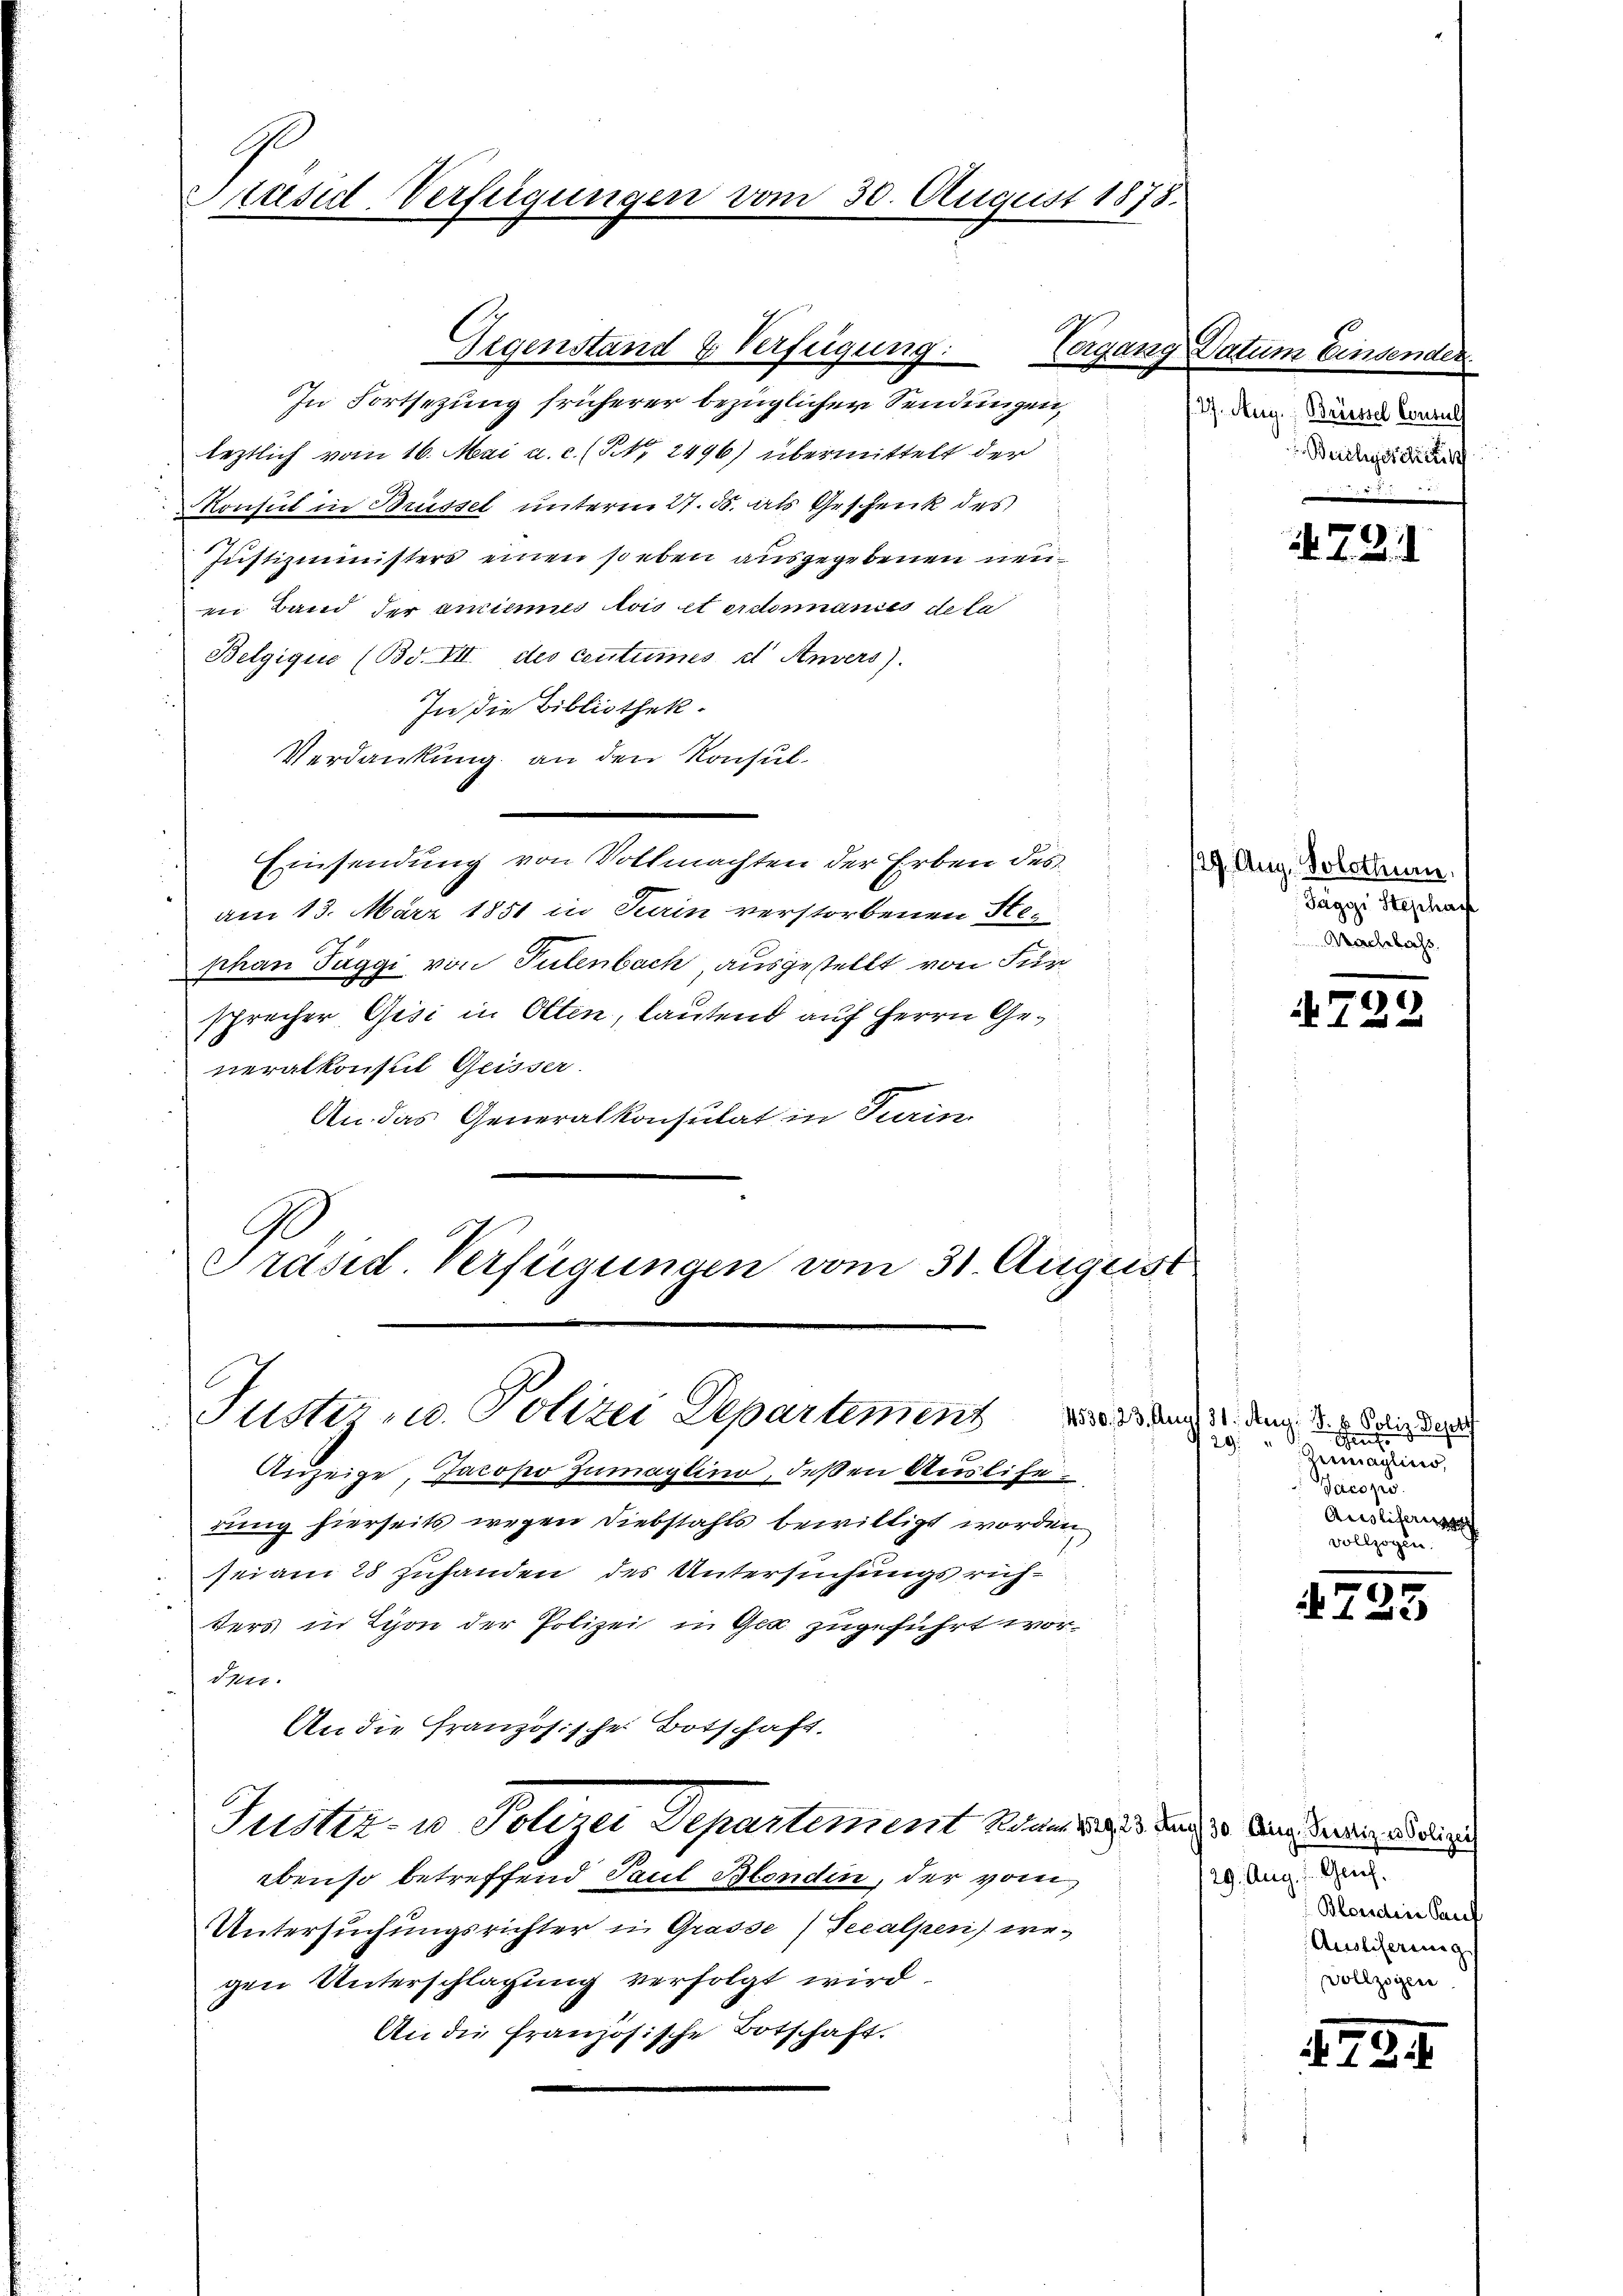
usid-Verfügungen vom 30. August 1878.

In Fortsezung früherer bezüglicher Sendungen,
leztlich vom 16. Mai a.c. (S. 2496) übermittelt der
Konsul in Brüssel unterm 27. d. als Geschenk des
Justizministers einen soeben ausgegebenen neuin Band der ancinmes lois et erdonnances de la
Belgique (Bd. VII. des coutumes et Anvers).
In die Bibliothek.
Verdankung an den Konsul-
Einsendung von Vollmachten der Erben des
am 13. März 1851 in Turin verstorbenen Stephan Taggi von Pulenbach, ausgestellt von Für
sprecher Gisi in Olten, lautend auf Herrn Generalkonsil Geisser.
An das Generalkonsulat in Turin
Präsid. Verfügungen vom 31. August
Tuster- u. Polizei Departement
29
Anzeige, Jacopo Zumaylino, deßen Ausliferung hierseits wegen Diebstahls bewilligt worden.
sei am 28 zuhanden des Untersuchungsrichters in Lyon der Polizei in Ger zugeführt worden.
An die Französisches Botschaft.
Justiz- u. Polizei Departement Wer dass durch den Verdien oder nich
ebenso betreffend Paul Blenden, der vom
Untersuchungsrichter in Grasse) Seealpen) wegen Unterschlagung verfolgt wird.
An die französische Botschaft.

Gegenstand & Verfügung.

Vergang Datum Einsenden.
27. Aug., Brüssel Consuls
Beichgeschick
7

129. Aug. Solothurn.
Saggi Stephach
Nachbachs

4530. 23. Aug. 31. Aug. d. v. Poliz. Depr
e
Germaglino,
Jacopo
Auslieferung
vollzogen.

731

f
N 122

725

Ge
29. Aug.
Blonden Sauf
Auslieferung
Vollzogen

179. 1